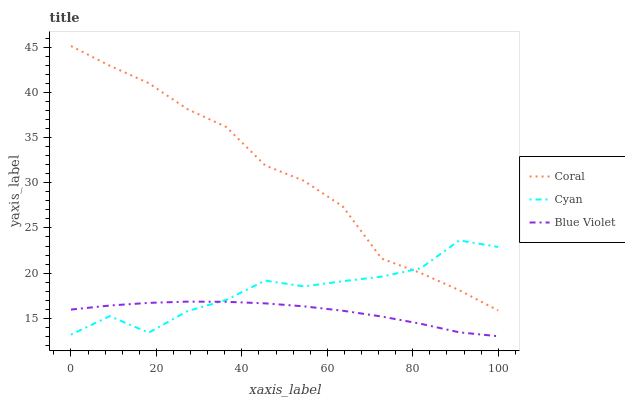
| xaxis_label | Coral | Cyan | Blue Violet |
 | --- | --- | --- | --- |
 | 0 | 45.2 | 13.2 | 16 |
 | 9.09 | 43 | 15.2 | 16.4 |
 | 18.2 | 41.1 | 13.4 | 16.7 |
 | 27.3 | 38.2 | 15.8 | 16.8 |
 | 36.4 | 36.2 | 17 | 16.8 |
 | 45.5 | 31.9 | 19.2 | 16.6 |
 | 54.5 | 30.2 | 18.5 | 16.3 |
 | 63.6 | 27.4 | 19.1 | 15.8 |
 | 72.7 | 21.6 | 19.6 | 15.2 |
 | 81.8 | 20 | 20.5 | 14.4 |
 | 90.9 | 18.1 | 23.6 | 13.4 |
 | 100 | 15.9 | 22.9 | 13 |